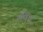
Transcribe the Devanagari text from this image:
नॅक्ट